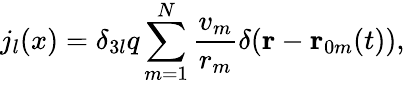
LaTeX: j_{l}(x)=\delta_{3l}q\sum_{m=1}^{N}\frac{v_{m}}{r_{m}}\delta(\mathbf{r}-\mathbf{r}_{0m}(t)),